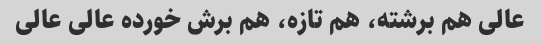
عالی هم برشته، هم تازه، هم برش خورده عالی عالی